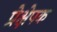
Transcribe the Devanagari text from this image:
प्रेक्षेपक